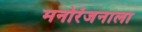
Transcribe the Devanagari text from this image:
मनोरंजनाला